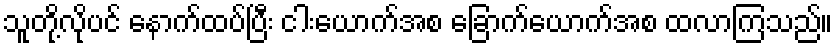
သူတို့လိုပင် နောက်ထပ်ပြီး ငါးယောက်အစ ခြောက်ယောက်အစ ထလာကြသည်။